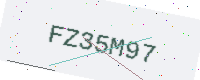
Text: FZ35M97